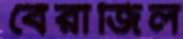
বেরাজিল